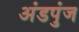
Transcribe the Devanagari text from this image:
अंडपुंज